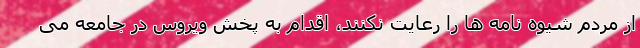
از مردم شیوه نامه ها را رعایت نکنند، اقدام به پخش ویروس در جامعه می